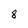
Character: 8